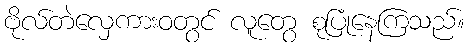
ဗိုလ်တဲလှေကားဝတွင် လူတွေ စုပြုံနေကြသည်။